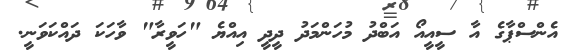
އެންސްޕާގެ އާ ސީއީއޯ އަބްދު މުހަންމަދު ދީދީ އިއްޔެ "ހަވީރާ" ވާހަކަ ދައްކަވަނީ.